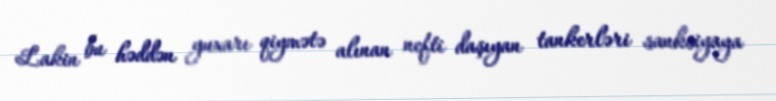
Lakin bu həddən yuxarı qiymətə alınan nefti daşıyan tankerləri sanksiyaya